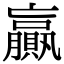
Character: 贏